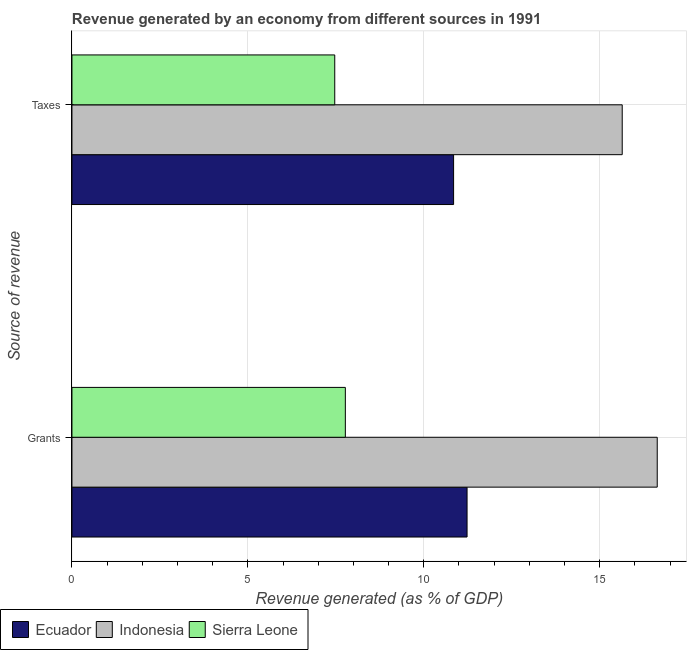
| Source of revenue | Ecuador | Indonesia | Sierra Leone |
 | --- | --- | --- | --- |
 | Grants | 11.2 | 16.6 | 7.77 |
 | Taxes | 10.8 | 15.6 | 7.47 |